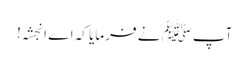
آپﷺ نے فرمایا کہ اے انجشہ!